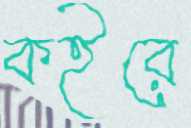
কইরে